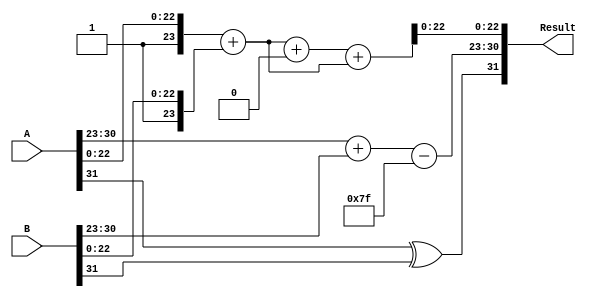
module radix4_fp_multiplier #(
    parameter E = 8, // Number of exponent bits
    parameter M = 23 // Number of significand bits (excluding the implicit leading bit)
)(
    input wire [E + M:0] A, // Input floating-point number A
    input wire [E + M:0] B, // Input floating-point number B
    output wire [E + M:0] Result // Output floating-point number Result
);

    // Extract sign, exponent, and significand for A
    wire Sign_A = A[E + M];
    wire [E - 1:0] Exponent_A = A[E + M - 1:E + M - E];
    wire [M:0] Significand_A = {1'b1, A[M - 1:0]}; // Including implicit leading bit

    // Extract sign, exponent, and significand for B
    wire Sign_B = B[E + M];
    wire [E - 1:0] Exponent_B = B[E + M - 1:E + M - E];
    wire [M:0] Significand_B = {1'b1, B[M - 1:0]}; // Including implicit leading bit

    // Calculate sign of the result
    wire Sign_result = Sign_A ^ Sign_B;

    // Calculate exponent of the result
    localparam BIAS = (1 << (E - 1)) - 1; // Bias for exponent
    wire [E - 1:0] Exponent_result = Exponent_A + Exponent_B - BIAS;

    // Radix-4 multiplication of significands
    wire [2*M:0] P0, P1, P2, P3;

    // Generate partial products based on Radix-4 rules
    assign P0 = 0; // 00 -> 0
    assign P1 = Significand_B; // 01 -> B
    assign P2 = Significand_A; // 10 -> A
    assign P3 = Significand_A + Significand_B; // 11 -> A + B

    // Accumulate partial products
    wire [2*M+1:0] Sum1 = P1 + P2; // Sum of P1 and P2
    wire [2*M+1:0] RawProduct = Sum1 + P0 + P3; // Final raw product

    // Normalization of the result
    reg [E + M:0] normalized_result;
    wire [E + M:0] rounding_result;

    always @(*) begin
        // Initialize normalized result
        normalized_result = RawProduct;

        // Check for normalization
        if (RawProduct[2*M] == 1'b1) begin // If the product is too large
            normalized_result = RawProduct >> 1; // Right shift
            // Adjust exponent accordingly (not shown)
        end
    end

    // Rounding logic (to nearest even)
    assign rounding_result = normalized_result; // Placeholder for rounding logic

    // Final output assembly
    assign Result = {Sign_result, Exponent_result, rounding_result[M-1:0]};

endmodule